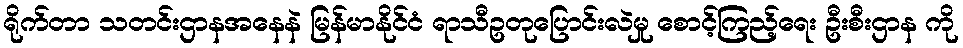
ရိုက်တာ သတင်းဌာနအနေနဲ မြန်မာနိုင်ငံ ရာသီဥတုပြောင်းလဲမှု စောင့်ကြည့်ရေး ဦးစီးဌာန ကို